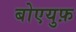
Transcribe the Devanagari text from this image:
बोएयुफ़